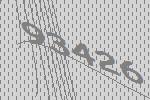
93426